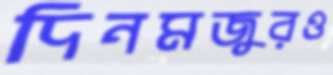
দিনমজুরও